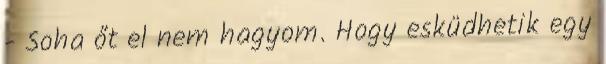
- Soha őt el nem hagyom. Hogy esküdhetik egy